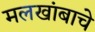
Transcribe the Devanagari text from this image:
मलखांबाचे